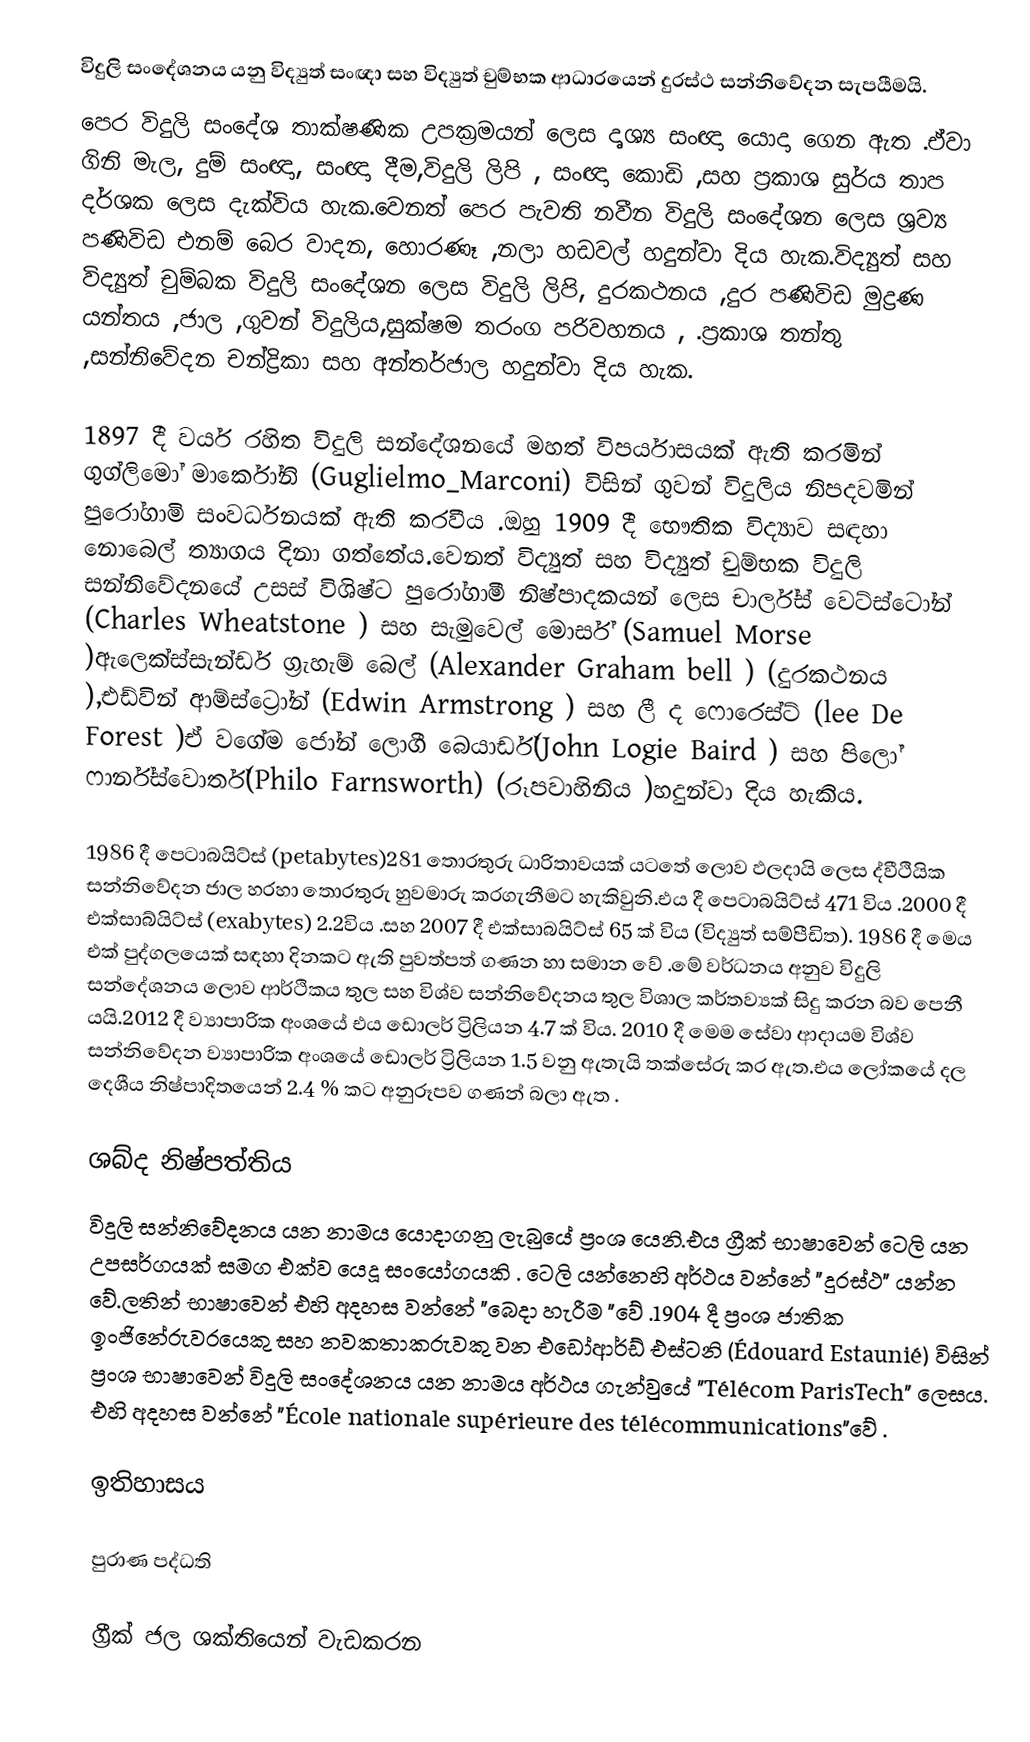
විදුලි සංදේශනය යනු විද්‍යුත් සංඥා සහ විද්‍යුත් චුම්භක ආධාරයෙන් දුරස්ථ සන්නිවේදන සැපයීමයි.
පෙර විදුලි සංදේශ තාක්ෂණික උපක්‍රමයන් ලෙස දෘශ්‍ය සංඥා යොදා ගෙන ඇත .ඒවා ගිනි මැල, දුම් සංඥා, සංඥා දීම,විදුලි ලිපි , සංඥා කොඩි ,සහ ප්‍රකාශ සුර්ය තාප දර්ශක ලෙස දැක්විය හැක.වෙනත් පෙර පැවති නවීන විදුලි සංදේශන ලෙස ශ්‍රව්‍ය පණිවිඩ එනම් බෙර වාදන, හොරණෑ ,නලා හඩවල් හදුන්වා දිය හැක.විද්‍යුත් සහ විද්‍යුත් චුම්බක විදුලි සංදේශන ලෙස විදුලි ලිපි, දුරකථනය ,දුර පණිවිඩ මුද්‍රණ යන්තය ,ජාල ,ගුවන් විදුලිය,සුක්ෂම තරංග පරිවහනය , .ප්‍රකාශ තන්තු ,සන්නිවේදන චන්ද්‍රිකා සහ  අන්තර්ජාල හදුන්වා දිය හැක.

1897 දී වයර් රහිත විදුලි සන්දේශනයේ මහත් විපර්යාසයක් ඇති කරමින් ගුග්ලිමෝ මාර්කෝනි (Guglielmo_Marconi) විසින් ගුවන් විදුලිය  නිපදවමින් පුරෝගාමි සංවර්ධනයක් ඇති කරවීය .ඔහු 1909 දී භෞතික විද්‍යාව සඳහා නොබෙල් ත්‍යාගය දිනා ගත්තේය.වෙනත් විද්‍යුත් සහ විද්‍යුත් චුම්භක විදුලි සන්නිවේදනයේ උසස් විශිෂ්ට පුරෝගාමී නිෂ්පාදකයන් ලෙස චාර්ල්ස් වෙට්ස්ටෝන් (Charles Wheatstone ) සහ සැමුවෙල් මොර්ස් (Samuel Morse )ඇලෙක්ස්සැන්ඩර් ග්‍රැහැම් බෙල් (Alexander Graham bell ) (දුරකථනය ),එඩ්වින් ආම්ස්ට්‍රෝන් (Edwin Armstrong ) සහ ලී ද ෆොරෙස්ට් (lee De Forest )ඒ වගේම ජෝන් ලොගී බෙයාර්ඩ්(John Logie Baird ) සහ පිලෝ ෆාර්න්ස්වොර්ත්(Philo Farnsworth) (රූපවාහිනිය )හදුන්වා දිය හැකිය.

1986 දී පෙටාබයිට්ස් (petabytes)281 තොරතුරු ධාරිතාවයක් යටතේ ලොව ඵලදායි ලෙස ද්වීථියික සන්නිවේදන ජාල හරහා තොරතුරු හුවමාරු කරගැනීමට හැකිවුනි.එය දී පෙටාබයිට්ස් 471 විය .2000 දී එක්සාබ්යිට්ස් (exabytes) 2.2විය .සහ 2007 දී එක්සාබයිට්ස් 65 ක්  විය (විද්‍යුත් සම්පීඩිත). 1986 දී මෙය එක් පුද්ගලයෙක් සඳහා දිනකට ඇති පුවත්පත් ගණන හා සමාන වේ .මේ වර්ධනය අනුව විදුලි සන්දේශනය ලොව ආර්ථිකය තුල සහ විශ්ව සන්නිවේදනය තුල විශාල කර්තව්‍යක් සිදු කරන බව පෙනී යයි.2012 දී ව්‍යාපාරික අංශයේ එය ඩොලර් ට්‍රිලියන 4.7 ක් විය. 2010 දී මෙම සේවා ආදායම විශ්ව සන්නිවේදන ව්‍යාපාරික අංශයේ ඩොලර් ට්‍රිලියන 1.5 වනු  ඇතැයි තක්සේරු කර ඇත.එය ලෝකයේ දල දෙශීය නිෂ්පාදිතයෙන් 2.4 % කට අනුරූපව ගණන් බලා ඇත .

ශබ්ද නිෂ්පත්තිය
විදුලි සන්නිවේදනය යන නාමය යොදාගනු ලැබුයේ ප්‍රංශ යෙනි.එය ග්‍රීක් භාෂාවෙන් ටෙලි යන උපසර්ගයක්  සමග එක්ව  යෙදූ සංයෝගයකි . ටෙලි යන්නෙහි අර්ථය වන්නේ "දුරස්ථ" යන්න වේ.ලතින් භාෂාවෙන් එහි අදහස වන්නේ "බෙදා හැරීම "වේ .1904 දී ප්‍රංශ ජාතික ඉංජිනේරුවරයෙකු සහ නවකතාකරුවකු වන එඩෝආර්ඩ් එස්ටනි (Édouard Estaunié) විසින් ප්‍රංශ භාෂාවෙන් විදුලි සංදේශනය යන නාමය අර්ථය ගැන්වුයේ "Télécom ParisTech" ලෙසය. එහි අදහස වන්නේ "École nationale supérieure des télécommunications"වේ .

ඉතිහාසය

පුරාණ පද්ධති

ග්‍රීක් ජල ශක්තියෙන් වැඩකරන